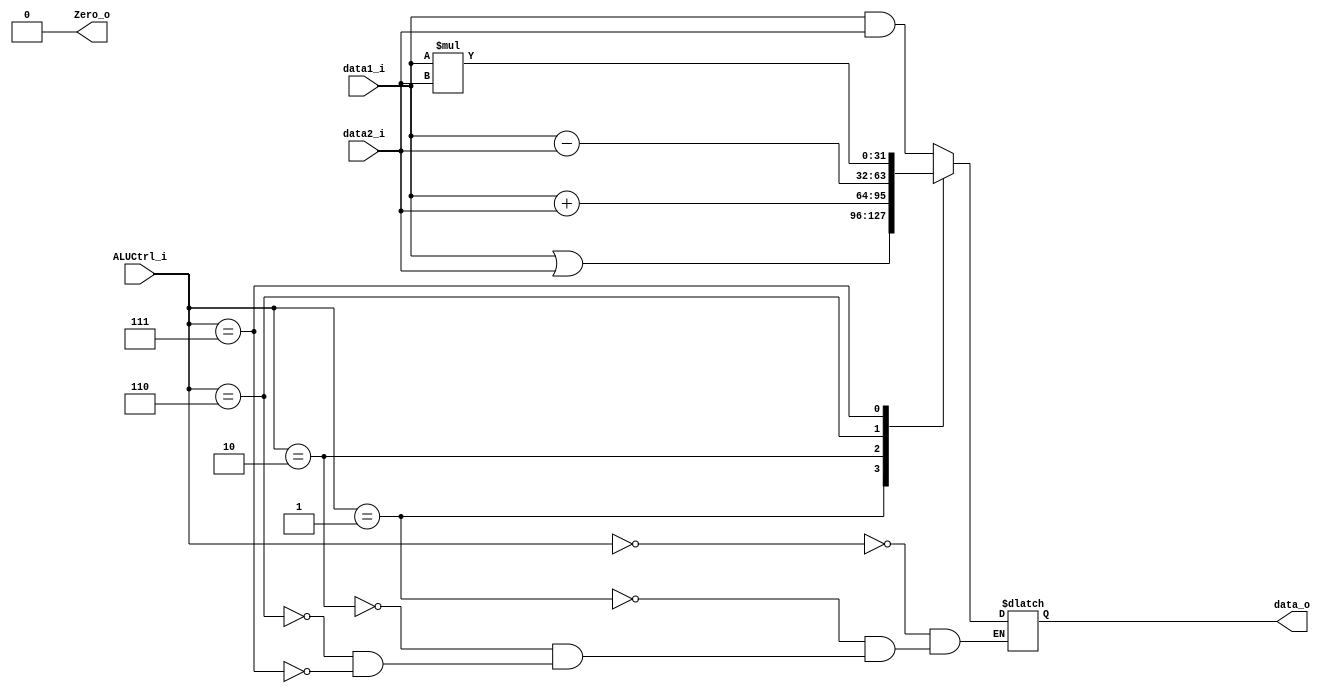
module ALU(
	data1_i,	// Registers.RSdata_o
	data2_i,	// MUX_ALUSrc.data_o
	ALUCtrl_i,	// ALU_Control.ALUCtrl_o
	data_o,		// Registers.RDdata_i
	Zero_o
);

input	[31:0]	data1_i;
input	[31:0]	data2_i;
input	[2:0] 	ALUCtrl_i;
output	[31:0] 	data_o;
output	Zero_o;

reg 	[31:0]	tmpData_o;
assign	data_o = tmpData_o;
assign	Zero_o = 1'b0;

always@(*) begin
	case (ALUCtrl_i)
		3'b000:	tmpData_o = data1_i & data2_i;
		3'b001:	tmpData_o = data1_i | data2_i;
		3'b010:	tmpData_o = data1_i + data2_i;
		3'b110:	tmpData_o = data1_i - data2_i;
		3'b111:	tmpData_o = data1_i * data2_i;
	endcase
end

endmodule